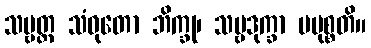
သဗ္ဗတ္ထ သံဝုတော ဘိက္ခု၊ သဗ္ဗဒုက္ခာ ပမုစ္စတိ။